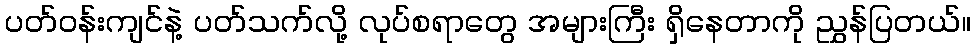
ပတ်ဝန်းကျင်နဲ့ ပတ်သက်လို့ လုပ်စရာတွေ အများကြီး ရှိနေတာကို ညွှန်ပြတယ်။